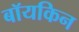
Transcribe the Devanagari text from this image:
बॉयकिन